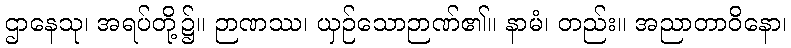
ဌာနေသု၊ အရပ်တို့၌။ ဉာဏဿ၊ ယှဉ်သောဉာဏ်၏။ နာမံ၊ တည်း။ အညာတာဝိနော၊